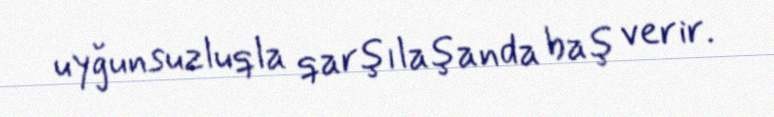
uyğunsuzluqla qarşılaşanda baş verir.